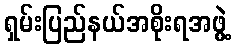
ရှမ်းပြည်နယ်အစိုးရအဖွဲ့